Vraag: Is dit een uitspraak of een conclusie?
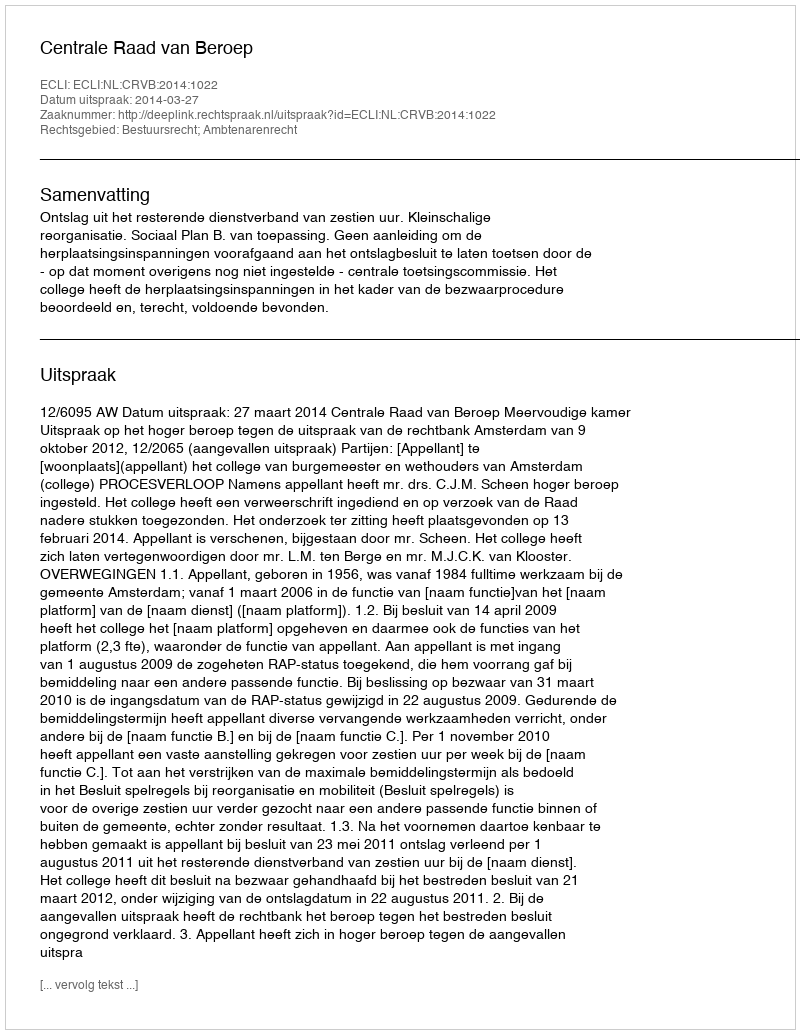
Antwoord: Uitspraak